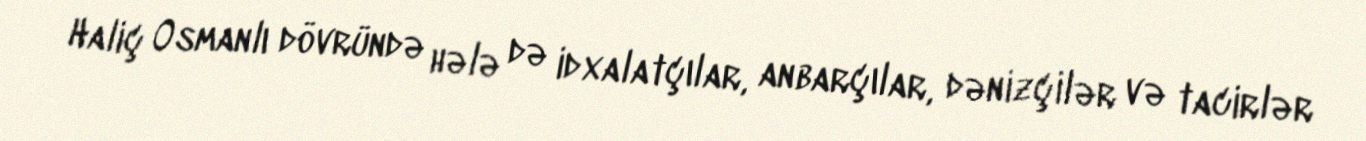
Haliç Osmanlı dövründə hələ də idxalatçılar, anbarçılar, dənizçilər və tacirlər